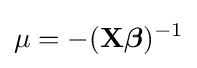
\mu =-(\mathbf {X} {\boldsymbol {\beta }})^{-1}\,\!